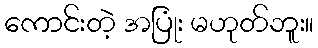
ကောင်းတဲ့ အပြုံး မဟုတ်ဘူး။